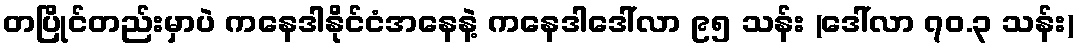
တပြိုင်တည်းမှာပဲ ကနေဒါနိုင်ငံအနေနဲ့ ကနေဒါဒေါ်လာ ၉၅ သန်း (ဒေါ်လာ ၇၀.၃ သန်း)